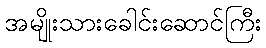
အမျိုးသားခေါင်းဆောင်ကြီး